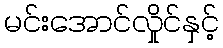
မင်းအောင်လှိုင်နှင့်